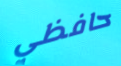
حافظي